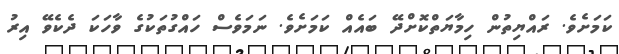
ކަމަށެވެ. ރައްޔިތުން ހިމާޔަތްކޮށްދޭ ބައެއް ކަމަށެވެ. ނަމަވެސް ހައްގުތަކުގެ ވާހަކަ ދެކެވޭ އިރު